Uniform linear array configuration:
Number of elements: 24
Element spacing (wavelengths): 0.25
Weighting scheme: hann
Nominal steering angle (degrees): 45
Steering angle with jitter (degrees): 43.087
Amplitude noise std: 0.05
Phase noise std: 0.05

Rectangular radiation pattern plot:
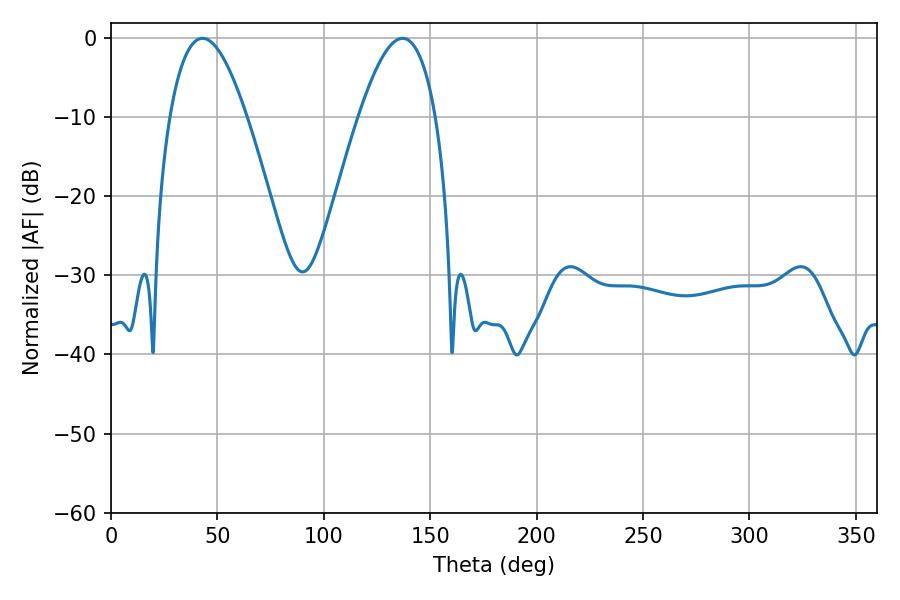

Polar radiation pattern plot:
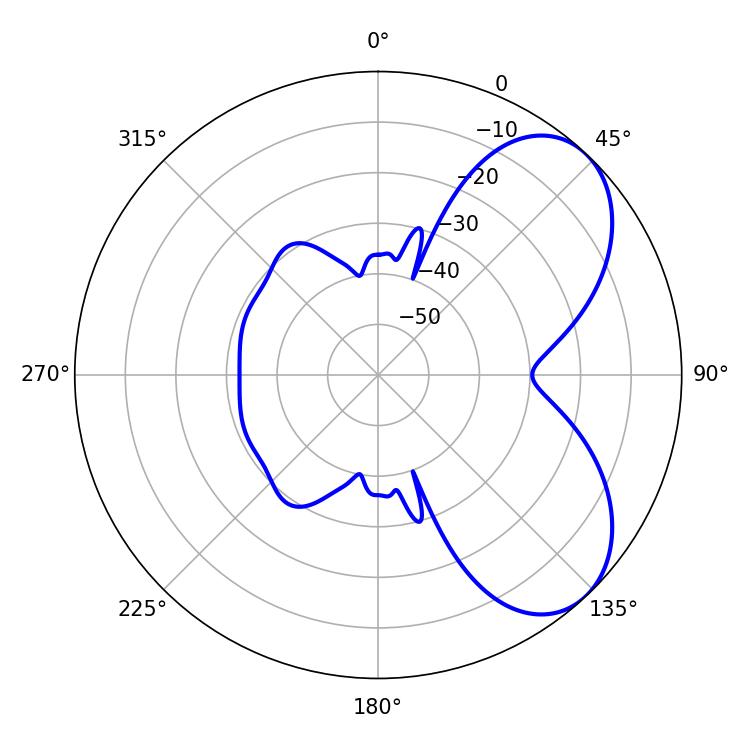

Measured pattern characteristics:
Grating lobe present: FALSE
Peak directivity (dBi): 5.882
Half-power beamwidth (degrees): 19.62
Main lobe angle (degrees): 43.02